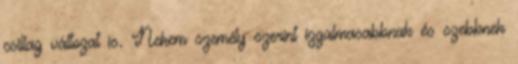
csillag változat is. Nekem személy szerint izgalmasabbnak és szebbnek